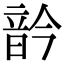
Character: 䪩